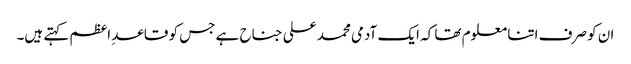
ان کو صرف اتنا معلوم تھا کہ ایک آدمی محمد علی جناح ہے جس کو قاعدِ اعظم کہتے ہیں۔